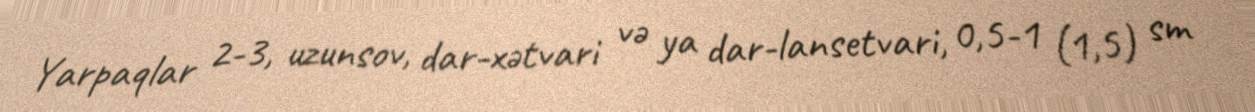
Yarpaqlar 2-3, uzunsov, dar-xətvari və ya dar-lansetvari, 0,5-1 (1,5) sm